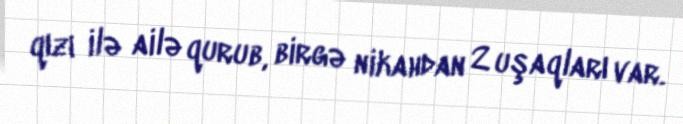
qızı ilə ailə qurub, birgə nikahdan 2 uşaqları var.